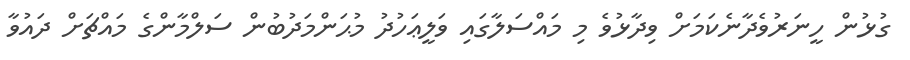
ގުޅުން ހީނަރުވެދާނެކަމަށް ވިދާޅުވެ މި މައްސަލާގައި ވަލީޢަހުދު މުޙަންމަދުބުން ސަލްމާންގެ މައްޗަށް ދައުވާ